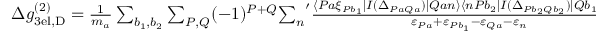
\begin{array} { r } { \Delta g _ { \mathrm { 3 e l , D } } ^ { ( 2 ) } = \frac { 1 } { m _ { a } } \sum _ { b _ { 1 } , b _ { 2 } } \sum _ { P , Q } ( - 1 ) ^ { P + Q } { \sum _ { n } } ^ { \prime } \frac { \langle P a \xi _ { P b _ { 1 } } | I ( \Delta _ { P a Q a } ) | Q a n \rangle \langle n P b _ { 2 } | I ( \Delta _ { P b _ { 2 } Q b _ { 2 } } ) | Q b _ { 1 } Q b _ { 2 } \rangle } { \varepsilon _ { P a } + \varepsilon _ { P b _ { 1 } } - \varepsilon _ { Q a } - \varepsilon _ { n } } \, , } \end{array}